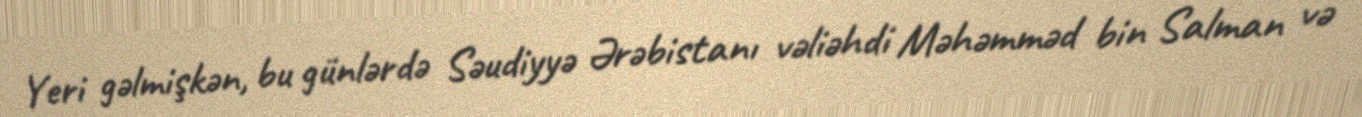
Yeri gəlmişkən, bu günlərdə Səudiyyə Ərəbistanı vəliəhdi Məhəmməd bin Salman və